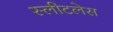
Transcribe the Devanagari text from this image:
स्लीटलेस